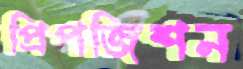
প্রিপজিশন